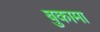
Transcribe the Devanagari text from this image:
बुकामा